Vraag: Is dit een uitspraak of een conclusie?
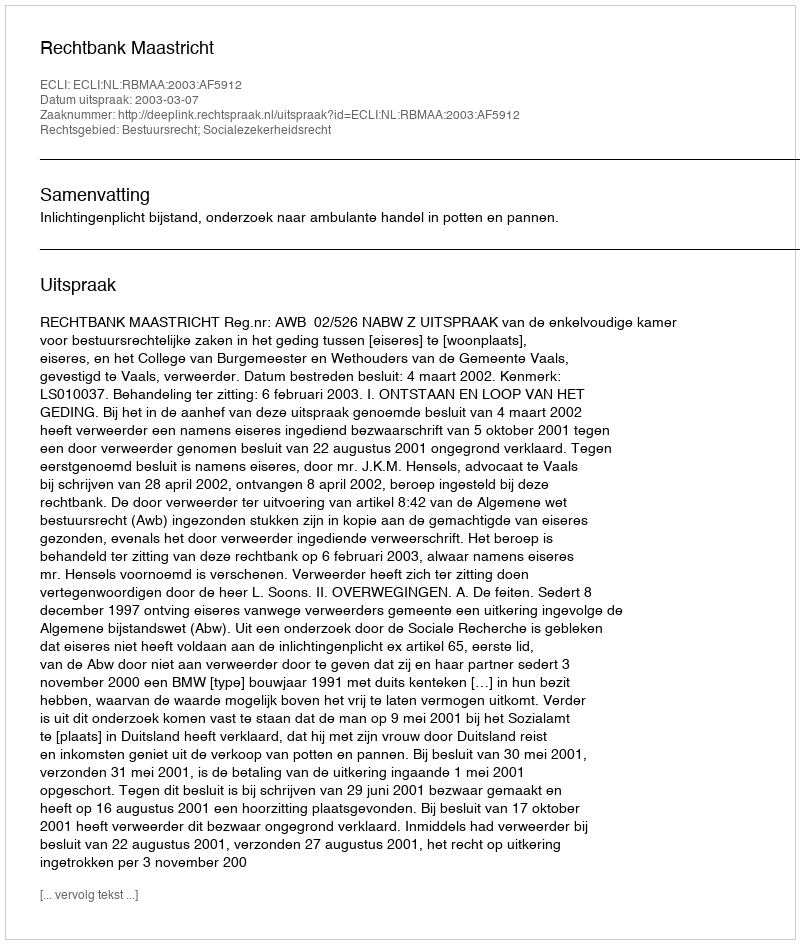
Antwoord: Uitspraak